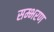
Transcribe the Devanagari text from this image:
सम्भरण